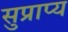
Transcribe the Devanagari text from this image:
सुप्राप्य